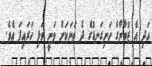
އަދި އެ ޒުވާނާގެ ހަށިގަނޑުގެ ދެ ތަނަކަށް ވަނީ ވަޅި ހަރައިފަ އެވެ.